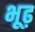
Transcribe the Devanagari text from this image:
भूढ़